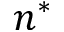
n ^ { * }